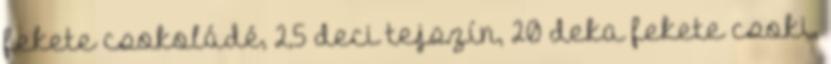
fekete csokoládé, 2,5 deci tejszín, 20 deka fekete csoki,